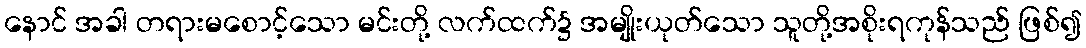
နောင် အခါ တရားမစောင့်သော မင်းတို့ လက်ထက်၌ အမျိုးယုတ်သော သူတို့အစိုးရကုန်သည် ဖြစ်၍